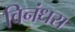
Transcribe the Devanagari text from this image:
विनंधरा